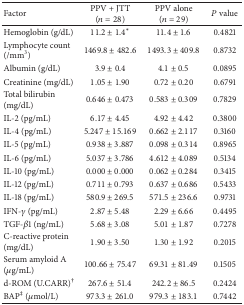
| Factor | PPV + JTT(n = 28) | PPV alone(n = 29) | P value |
 | --- | --- | --- | --- |
 | Hemoglobin (g/dL) | 11.2 ± 1.4* | 11.4 ± 1.6 | 0.4821 |
 | Lymphocyte count (/mm3) | 1469.8 ± 482.6 | 1493.3 ± 409.8 | 0.8732 |
 | Albumin (g/dL) | 3.9 ± 0.4 | 4.1 ± 0.5 | 0.0895 |
 | Creatinine (mg/dL) | 1.05 ± 1.90 | 0.72 ± 0.20 | 0.6791 |
 | Total bilirubin (mg/dL) | 0.646 ± 0.473 | 0.583 ± 0.309 | 0.7829 |
 | IL-2 (pg/mL) | 6.17 ± 4.45 | 4.92 ± 4.42 | 0.3800 |
 | IL-4 (pg/mL) | 5.247 ± 15.169 | 0.662 ± 2.117 | 0.3160 |
 | IL-5 (pg/mL) | 0.938 ± 3.887 | 0.098 ± 0.314 | 0.8965 |
 | IL-6 (pg/mL) | 5.037 ± 3.786 | 4.612 ± 4.089 | 0.5134 |
 | IL-10 (pg/mL) | 0.000 ± 0.000 | 0.062 ± 0.284 | 0.3415 |
 | IL-12 (pg/mL) | 0.711 ± 0.793 | 0.637 ± 0.686 | 0.5433 |
 | IL-18 (pg/mL) | 580.9 ± 269.5 | 571.5 ± 236.6 | 0.9731 |
 | IFN-γ (pg/mL) | 2.87 ± 5.48 | 2.29 ± 6.66 | 0.4495 |
 | TGF-β1 (ng/mL) | 5.68 ± 3.08 | 5.01 ± 1.87 | 0.7278 |
 | C-reactive protein (mg/dL) | 1.90 ± 3.50 | 1.30 ± 1.92 | 0.2015 |
 | Serum amyloid A (μg/mL) | 100.66 ± 75.47 | 69.31 ± 81.49 | 0.1505 |
 | d-ROM (U.CARR)† | 267.6 ± 51.4 | 242.2 ± 86.5 | 0.2424 |
 | BAP‡ (μmol/L) | 973.3 ± 261.0 | 979.3 ± 183.1 | 0.7442 |